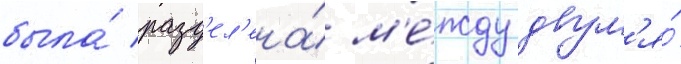
была́ разд'ел'ена́ м'е́жду двум'я́